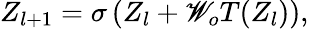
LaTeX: Z_{l+1}=\sigma\left(Z_{l}+\mathscr{W}_{o}T(Z_{l})\right),